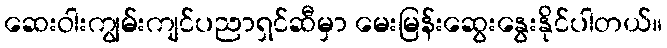
ဆေးဝါးကျွမ်းကျင်ပညာရှင်ဆီမှာ မေးမြန်းဆွေးနွေးနိုင်ပါတယ်။